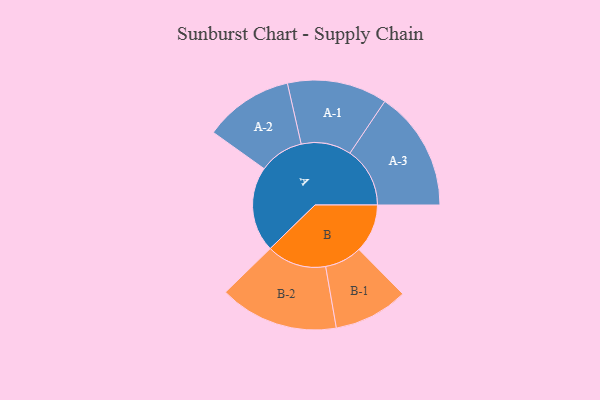
{"axis": {"x": "Segment", "y": "Value"}, "legend": ["", "A", "B"], "data": [{"x": "A", "y": 394, "type": ""}, {"x": "B", "y": 224, "type": ""}, {"x": "A-1", "y": 231, "type": "A"}, {"x": "A-2", "y": 206, "type": "A"}, {"x": "A-3", "y": 277, "type": "A"}, {"x": "B-1", "y": 172, "type": "B"}, {"x": "B-2", "y": 275, "type": "B"}]}